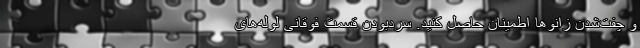
و چفت‌شدن زانو‌ها اطمینان حاصل کنید. سردبودن قسمت فوقانی لوله‌های